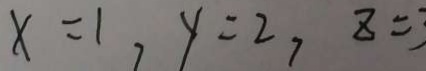
x = 1 , y = 2 , z =